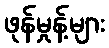
ဖုန်မှုန့်များ